Lunatic asylums Central Provinces reports 1874-1885 - 1874-1885
Year: 1874
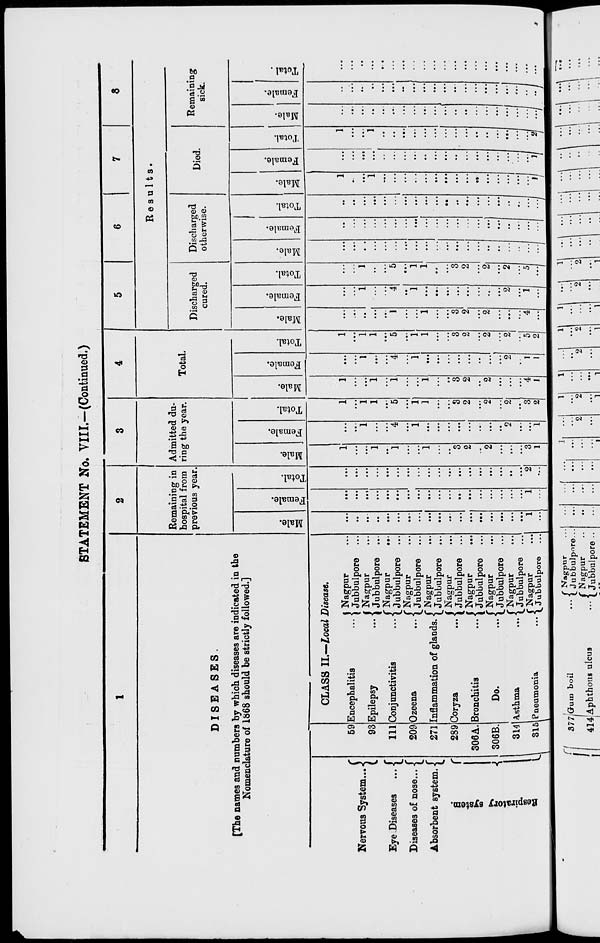
STATEMENT No. VIII.—(Continued.)
1
DISEASES.
[The names and numbers by which diseases are indicated in the
Nomenclature of 1868 should be strictly followed.]
Nervous System ...
Eye Diseases
...
Diseases of nose ...
Absorbent system.
Respiratory system.
59
93
111
209
271
289
306A.
306B.
314
315
CLASS II.—Local Disease.
Encephalitis
...
Epilepsy
...
Conjunctivitis
...
Ozeena
...
Inflammation of glands.
Coryza
...
Bronchitis
...
Do.
...
Asthma
...
Pneumonia
...
Nagpur ...
Jubbulpore ...
Nagpur ...
Jubbulpore ...
Nagpur
...
Jubbulpore ...
Nagpur ...
Jubbulpore ...
Nagpur ...
Jubbulpore ...
Nagpur ...
Jubbulpore ...
Nagpur ...
Jubbulpore ...
Nagpur
...
Jubbulpore ...
Nagpur ...
Jubbulpore ...
Nagpur ...
Jubbulpore ...
2
Remaining in
hospital from
previous year.
Male.
...
...
...
...
...
...
...
...
...
...
...
...
...
...
...
...
...
...
1
...
Female.
...
...
...
...
...
...
...
...
...
...
...
...
...
...
...
...
...
...
1
...
Total.
...
...
...
...
...
...
...
...
...
...
...
...
...
...
...
...
...
...
2
...
3
Admitted du-
ring the year.
Male.
1
...
...
1
...
1
...
...
1
...
...
3
2
...
2
...
...
...
3
1
Female.
...
...
1
...
...
4
...
1
...
...
...
...
...
...
...
...
2
...
...
1
Total.
1
...
1
1
...
5
...
1
1
...
...
3
2
...
2
...
2
...
3
2
4
Total.
Male.
1
...
...
1
...
1
...
...
1
...
...
3
2
...
2
...
...
...
4
1
Female.
...
...
1
...
...
4
...
1
...
...
...
...
...
...
...
...
2
...
1
1
Total.
1
...
1
1
...
5
...
1
1
...
...
3
2
...
2
...
2
...
5
2
5
6
7
8
Results.
Discharged
cured.
Male.
...
...
..
...
...
1
...
...
1
...
...
3
2
...
2
...
...
...
4
...
Female.
...
...
1
...
... 4
...
1
...
...
...
...
...
...
...
...
2
...
1
...
Total.
...
...
1
...
...
5
...
1
1
...
...
3
2
...
2
...
2
...
5
...
Discharged
otherwise.
Male.
...
...
...
...
...
...
...
...
...
...
...
...
...
...
...
...
...
...
...
...
Female.
...
...
...
...
...
...
...
...
...
...
...
...
...
...
...
...
...
...
...
...
Total.
...
...
...
...
...
...
...
...
...
...
...
...
...
...
...
...
...
...
...
...
Died.
Male.
1
...
...
1
...
...
...
...
...
...
...
...
...
...
...
...
...
....
...
1
Female.
...
...
...
...
..
...
...
...
...
...
...
...
...
...
...
...
...
...
...
1
Total.
1
...
...
1
...
...
...
...
...
...
...
...
...
...
...
...
...
...
...
2
Remaining
sick.
Male.
...
...
...
...
...
...
...
...
...
...
...
...
...
...
...
...
....
...
...
...
Female.
...
...
...
...
...
...
...
...
...
...
...
...
...
...
...
...
...
...
...
...
Total.
...
...
...
...
...
...
...
...
...
...
...
...
...
...
...
...
...
...
...
...